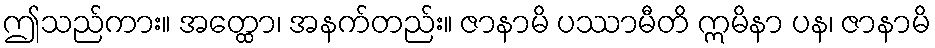
ဤသည်ကား။ အတ္ထော၊ အနက်တည်း။ ဇာနာမိ ပဿာမီတိ ဣမိနာ ပန၊ ဇာနာမိ